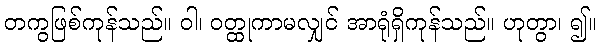
တကွဖြစ်ကုန်သည်။ ဝါ၊ ဝတ္ထုကာမလျှင် အာရုံရှိကုန်သည်။ ဟုတွာ၊ ၍။